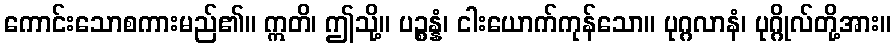
ကောင်းသောစကားမည်၏။ ဣတိ၊ ဤသို့။ ပဉ္စန္နံ၊ ငါးယောက်ကုန်သော။ ပုဂ္ဂလာနံ၊ ပုဂ္ဂိုလ်တို့အား။